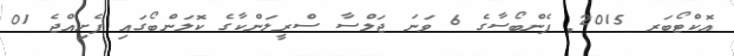
އޮކްޓޯބަރ 2015